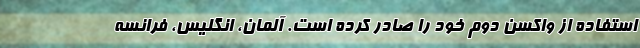
استفاده از واکسن دوم خود را صادر کرده است. آلمان، انگلیس، فرانسه